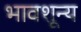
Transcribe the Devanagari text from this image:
भावशून्‍य